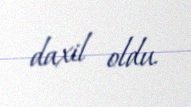
daxil oldu.